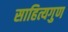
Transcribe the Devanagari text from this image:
साहित्यगुण